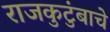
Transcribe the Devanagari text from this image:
राजकुटुंबाचे